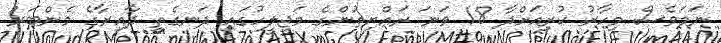
ނަމަވެސް މިހާރު ކުރިއަށްދާ 18 ވަނަ ރައްޔިތުންގެ މަޖިލީހުގައި ދަނގެތީ ދާއިރާގެ މެންބަރު